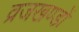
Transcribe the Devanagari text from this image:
व्रजखण्डों